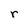
Character: r